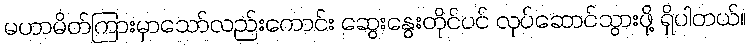
မဟာမိတ်ကြားမှာသော်လည်းကောင်း ဆွေးနွေးတိုင်ပင် လုပ်ဆောင်သွားဖို့ ရှိပါတယ်။